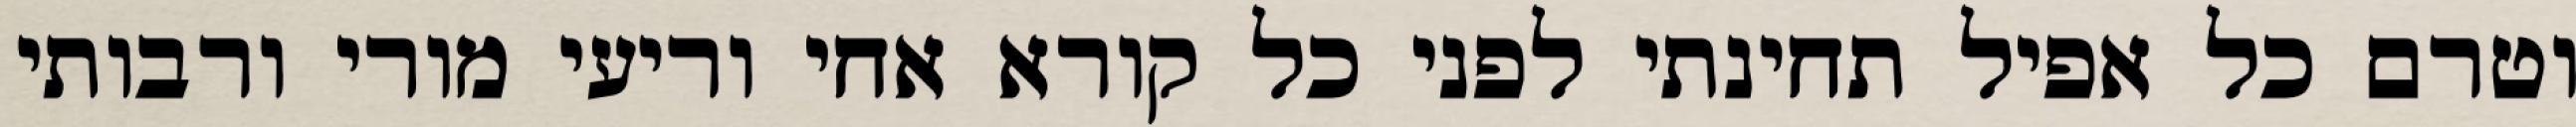
וטרם כל אפיל תחינתי לפני כל קורא אחי וריעי מורי ורבותי